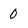
Character: 0